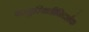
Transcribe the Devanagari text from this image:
वस्तुस्थितीनिदर्शक